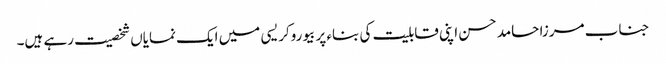
جناب مرزا حامد حسن اپنی قابلیت کی بناء پر بیوروکریسی میں ایک نمایاں شخصیت رہے ہیں۔